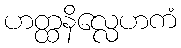
ဟတ္ထနိလ္လေဟကံ